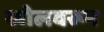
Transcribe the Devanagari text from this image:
खोलवरून